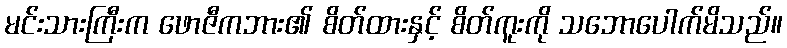
မင်းသားကြီးက ဖောဇီကဘား၏ စိတ်ထားနှင့် စိတ်ကူးကို သဘောပေါက်မိသည်။